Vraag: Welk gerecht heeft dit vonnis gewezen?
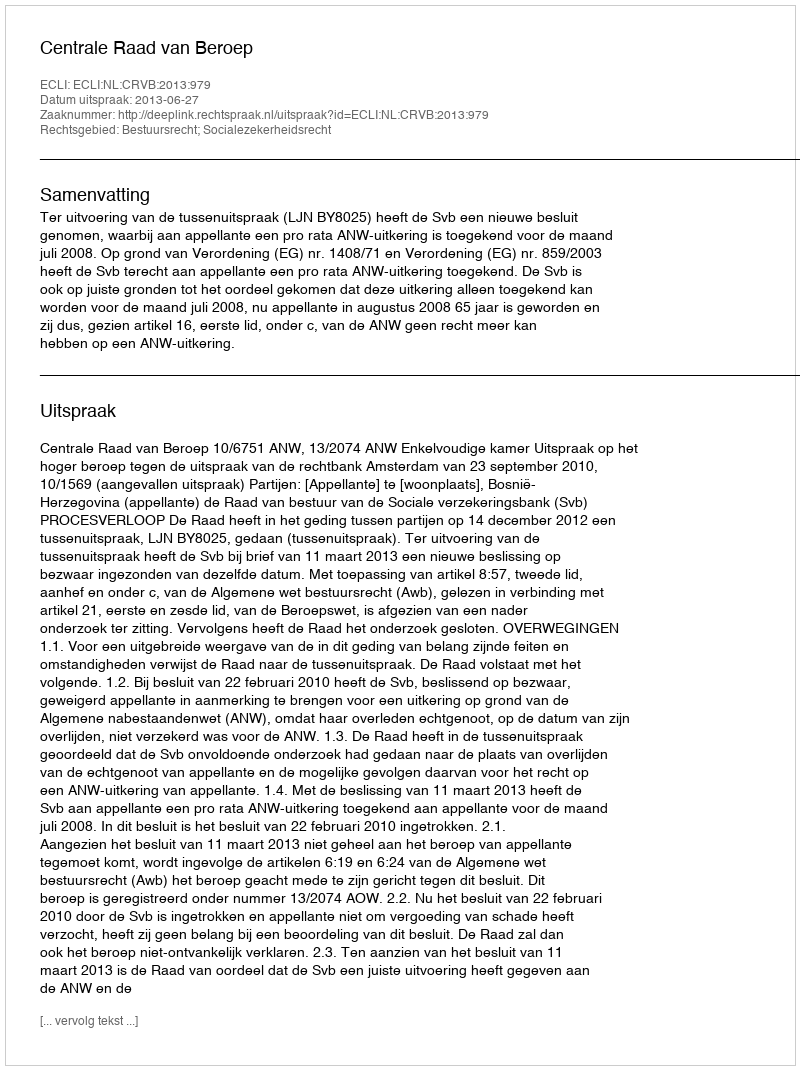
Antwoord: Centrale Raad van Beroep